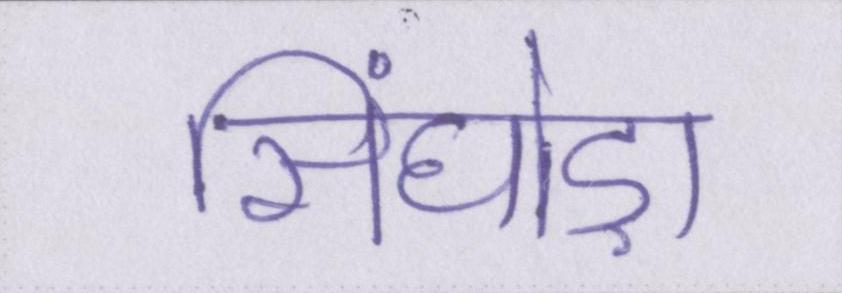
सिंघोड़ा